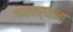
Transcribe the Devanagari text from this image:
गावकर्याना